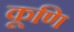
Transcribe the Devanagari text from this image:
कूणि